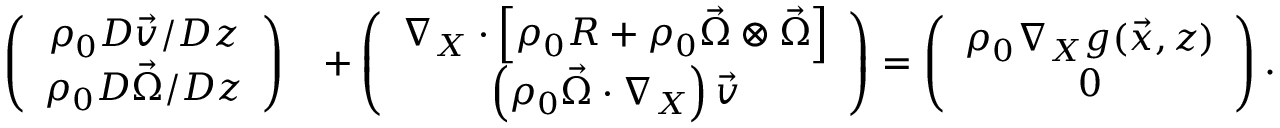
\begin{array} { r l } { \left( \begin{array} { c } { \rho _ { 0 } D \vec { v } / D z } \\ { \rho _ { 0 } D \vec { \Omega } / D z } \end{array} \right) } & { + \left( \begin{array} { c } { \nabla _ { X } \cdot \left[ \rho _ { 0 } R + \rho _ { 0 } \vec { \Omega } \otimes \vec { \Omega } \right] } \\ { \left( \rho _ { 0 } \vec { \Omega } \cdot \nabla _ { X } \right) \vec { v } } \end{array} \right) = \left( \begin{array} { c } { \rho _ { 0 } \nabla _ { X } g ( \vec { x } , z ) } \\ { 0 } \end{array} \right) . } \end{array}